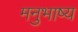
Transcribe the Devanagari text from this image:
मनुभाष्य